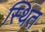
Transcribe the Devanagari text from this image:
स्थित